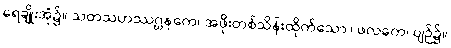
ရေချိုးအုံ၌။ သတသဟဿဂ္ဃနကေ၊ အဖိုးတစ်သိန်းထိုက်သော။ ဖလကေ၊ ပျဉ်၌။